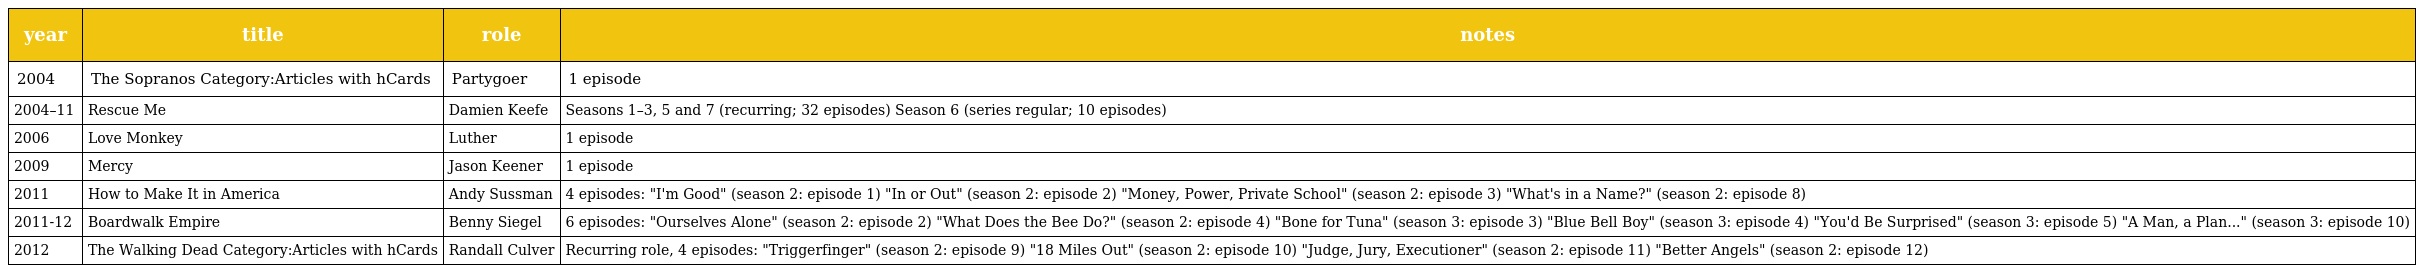
| year | title | role | notes |
 | --- | --- | --- | --- |
 | 2004 | The Sopranos Category:Articles with hCards | Partygoer | 1 episode |
 | 2004–11 | Rescue Me | Damien Keefe | Seasons 1–3, 5 and 7 (recurring; 32 episodes) Season 6 (series regular; 10 episodes) |
 | 2006 | Love Monkey | Luther | 1 episode |
 | 2009 | Mercy | Jason Keener | 1 episode |
 | 2011 | How to Make It in America | Andy Sussman | 4 episodes: "I'm Good" (season 2: episode 1) "In or Out" (season 2: episode 2) "Money, Power, Private School" (season 2: episode 3) "What's in a Name?" (season 2: episode 8) |
 | 2011-12 | Boardwalk Empire | Benny Siegel | 6 episodes: "Ourselves Alone" (season 2: episode 2) "What Does the Bee Do?" (season 2: episode 4) "Bone for Tuna" (season 3: episode 3) "Blue Bell Boy" (season 3: episode 4) "You'd Be Surprised" (season 3: episode 5) "A Man, a Plan..." (season 3: episode 10) |
 | 2012 | The Walking Dead Category:Articles with hCards | Randall Culver | Recurring role, 4 episodes: "Triggerfinger" (season 2: episode 9) "18 Miles Out" (season 2: episode 10) "Judge, Jury, Executioner" (season 2: episode 11) "Better Angels" (season 2: episode 12) |